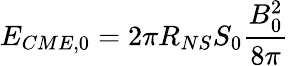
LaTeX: E_{CME,0}=2\pi R_{NS}S_{0}\frac{B_{0}^{2}}{8\pi}